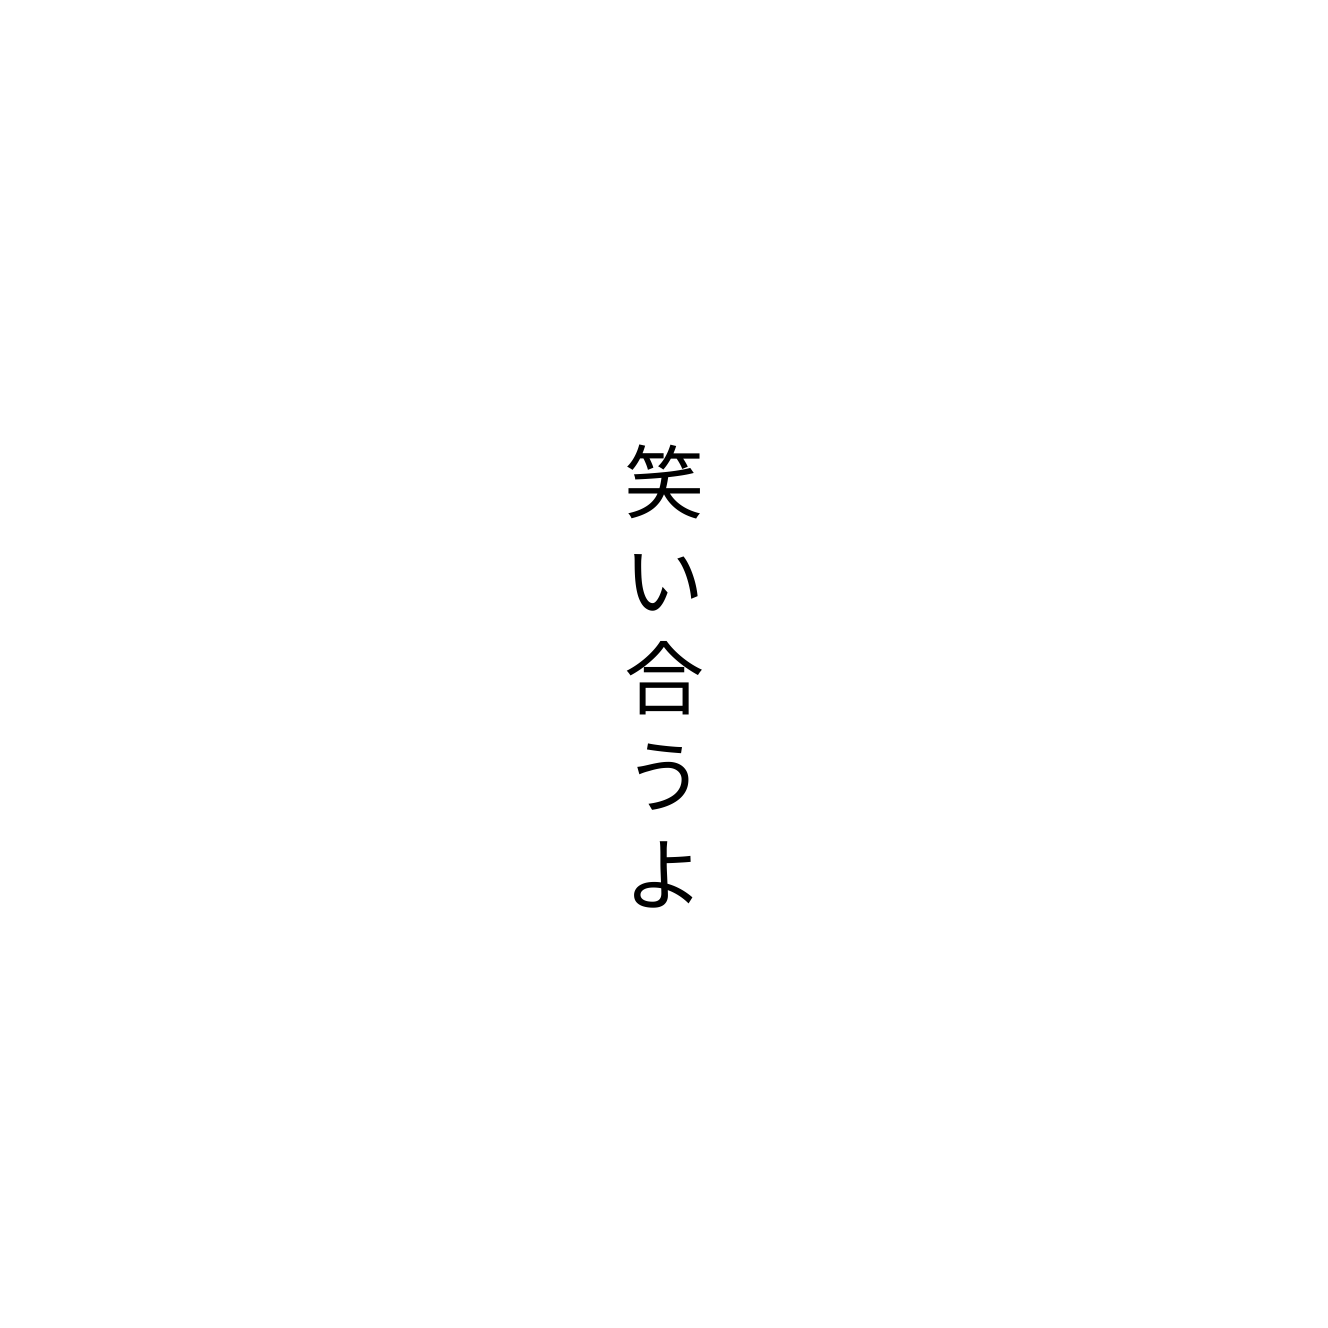
笑い合うよ